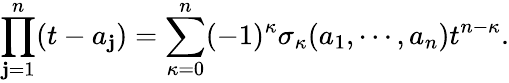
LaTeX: \prod_{\mathbf{j}=1}^{n}(t-a_{\mathbf{j}})=\sum_{\kappa=0}^{n}(-1)^{\kappa}\sigma_{\kappa}(a_{1},\cdots,a_{n})t^{n-\kappa}.